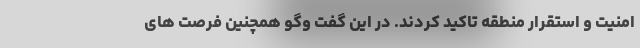
امنیت و استقرار منطقه تاکید کردند. در این گفت وگو همچنین فرصت های